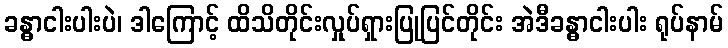
ခန္ဓာငါးပါးပဲ၊ ဒါကြောင့် ထိသိတိုင်းလှုပ်ရှားပြုပြင်တိုင်း အဲဒီခန္ဓာငါးပါး ရုပ်နာမ်